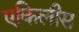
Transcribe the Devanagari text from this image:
एकिलीस